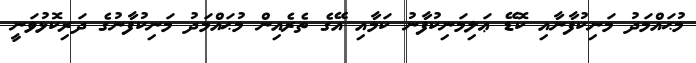
މުޙައްމަދު މަނިކުފާނާއި ކޮޑޭ ޢަލިމަނިކުފާނު ކަމާއި އޭގެ ތެރެއިން މުޙައްމަދު މަނިކުފާނުގެ ދަރިކޮޅުވަނީ